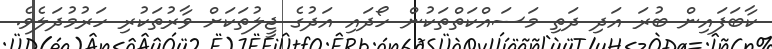
ކާބަފައިން ބުރަ އަދި ދަތި މަސައްކަތްތަކުން ހޯދައި އަދުގެ ޖީލުތަކަށް ވާރުތަކުރި ހަރުމުދަލެވެ.